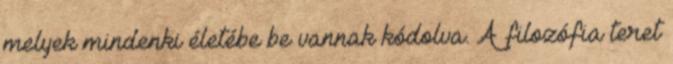
melyek mindenki életébe be vannak kódolva. A filozófia teret